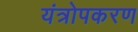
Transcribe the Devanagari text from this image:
यंत्रोपकरण